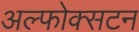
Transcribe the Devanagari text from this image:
अल्फोक्सटन